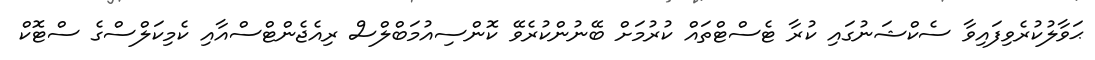
ޙަވާލުކުރެވިފައިވާ ސެކްޝަނުގައި ކުރާ ޓެސްޓްތައް ކުރުމަށް ބޭނުންކުރެވޭ ކޮންސިއުމަބްލްސް ރިއެޖެންޓްސްއާއި ކެމިކަލްސްގެ ސްޓޮކް